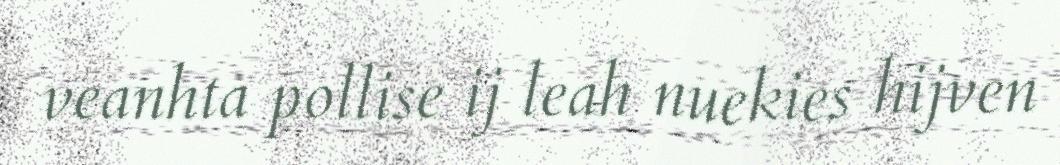
veanhta pollise ij leah nuekies hijven